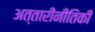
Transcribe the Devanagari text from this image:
अत्तारीनीतिकी